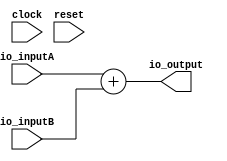
// This program was cloned from: https://github.com/wilfredkisku/CHISEL3-PROJECTS
// License: The Unlicense

module SIGNED_ADD(
  input        clock,
  input        reset,
  input  [7:0] io_inputA,
  input  [7:0] io_inputB,
  output [8:0] io_output
);
  assign io_output = $signed(io_inputA) + $signed(io_inputB); // @[SIGNED_ADD.scala 12:26]
endmodule